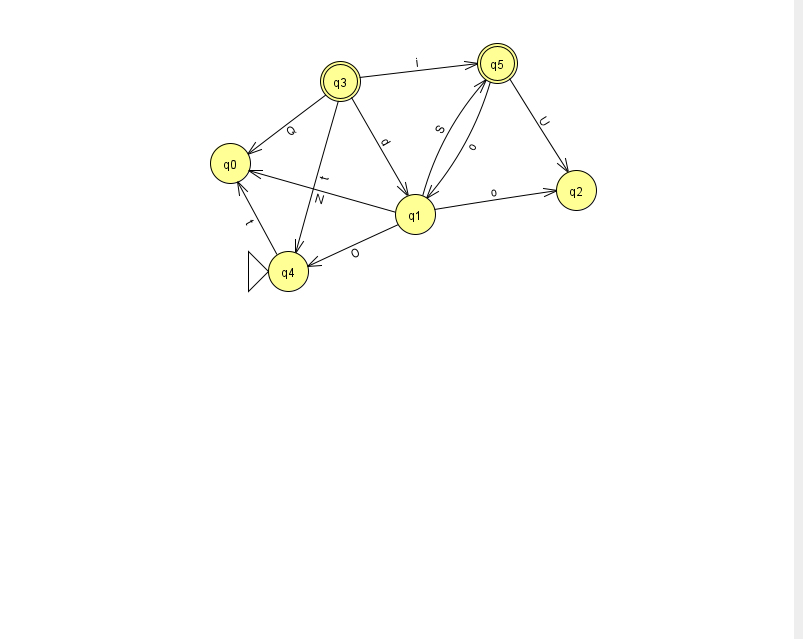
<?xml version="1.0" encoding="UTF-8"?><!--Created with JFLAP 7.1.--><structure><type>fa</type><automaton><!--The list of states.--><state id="0" name="q0"><x>230.0</x><y>150.0</y></state><state id="1" name="q1"><x>415.0</x><y>201.0</y></state><state id="2" name="q2"><x>576.0</x><y>177.0</y></state><state id="3" name="q3"><x>340.0</x><y>68.0</y><final/></state><state id="4" name="q4"><x>288.0</x><y>258.0</y><initial/></state><state id="5" name="q5"><x>497.0</x><y>50.0</y><final/></state><!--The list of transitions.--><transition><from>1</from><to>0</to><read>N</read></transition><transition><from>3</from><to>0</to><read>Q</read></transition><transition><from>5</from><to>1</to><read>o</read></transition><transition><from>1</from><to>4</to><read>O</read></transition><transition><from>1</from><to>5</to><read>S</read></transition><transition><from>3</from><to>1</to><read>d</read></transition><transition><from>3</from><to>4</to><read>t</read></transition><transition><from>3</from><to>5</to><read>i</read></transition><transition><from>4</from><to>0</to><read>t</read></transition><transition><from>5</from><to>2</to><read>U</read></transition><transition><from>1</from><to>2</to><read>o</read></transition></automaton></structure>